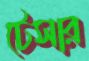
টেসার